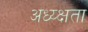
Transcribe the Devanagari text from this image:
अध्य्क्षता